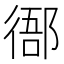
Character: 𢔴